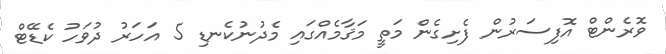
ވޮރެންޓް އޮފިސަރުން ފެށިގެން މަތީ މަޤާމެއްގައި މެދުނުކެނޑި 5 އަހަރު ދުވަހު ކެޑޭޓް